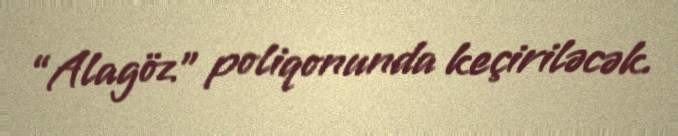
“Alagöz” poliqonunda keçiriləcək.